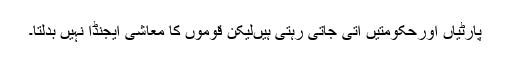
پارٹیاں اورحکومتیں آتی جاتی رہتی ہیںلیکن قوموں کا معاشی ایجنڈا نہیں بدلتا۔